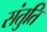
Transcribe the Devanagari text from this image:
संतुति